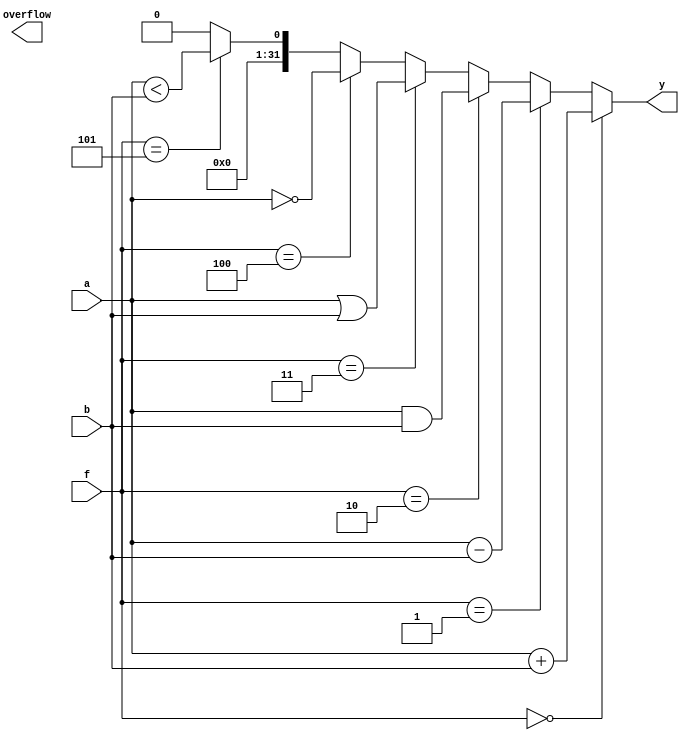
`timescale 1ns / 1ps
//////////////////////////////////////////////////////////////////////////////////
// Company: 
// Engineer: 
// 
// Design Name: 
// Module Name: alu
// Project Name: 
// Target Devices: 
// Tool Versions: 
// Description: 
// 
// Dependencies: 
// 
// Revision:
// Revision 0.01 - File Created
// Additional Comments:
// 
//////////////////////////////////////////////////////////////////////////////////


module alu(
    input wire [31:0]a,
    input wire [31:0]b,
    input wire [2:0]f,
    output wire [31:0]y,
    output wire overflow
    );

    assign y =  (f==3'b000) ? a + b:
                (f==3'd1) ? a - b:
                (f==3'd2) ? a & b:
                (f==3'd3) ? a | b:
                (f==3'd4) ? ~a:
                (f==3'd5) ? a < b:
                32'b0;
    
    // always @(*) begin
    //     case (f)
    //         3'b000:  begin
    //             y <= a + b;
    //         end
    //         3'b001:  begin
    //             y <= a - b;
    //         end
    //         3'b010:  begin
    //             y <= a & b;
    //         end
    //         3'b011:  begin
    //             y <= a | b;
    //         end
    //         3'b100:  begin
    //             y <= ~a;
    //         end
    //         3'b101:  begin
    //             y <= a < b;
    //         end
    //         default: begin
    //             y <= 32'b0;
    //         end
    //     endcase
    // end

endmodule